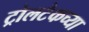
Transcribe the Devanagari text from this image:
ट्रोलटेकच्या